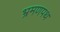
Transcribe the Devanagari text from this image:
भ्रमणपथ